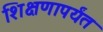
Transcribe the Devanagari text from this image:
शिक्षणापर्यंत